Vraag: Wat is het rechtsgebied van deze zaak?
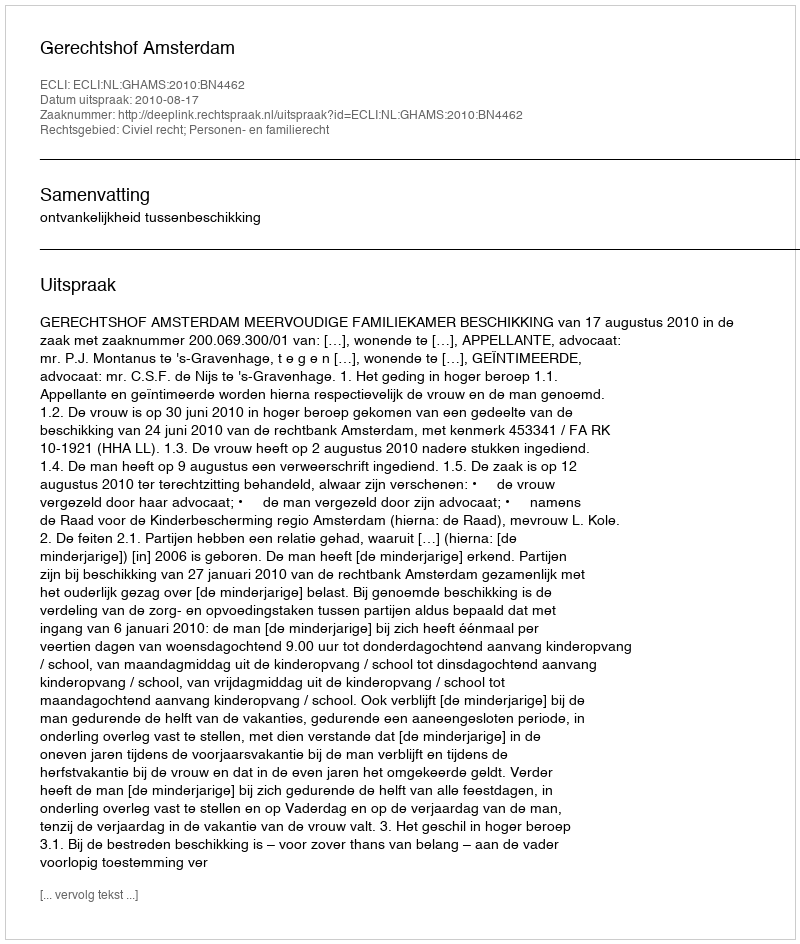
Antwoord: Civiel recht; Personen- en familierecht